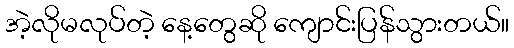
အဲ့လိုမလုပ်တဲ့ နေ့တွေဆို ကျောင်းပြန်သွားတယ်။